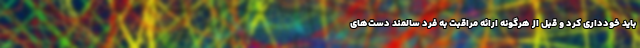
باید خودداری کرد و قبل از هرگونه ارائه مراقبت به فرد سالمند دست‌های